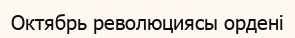
Октябрь революциясы ордені